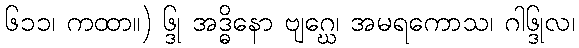
၆၁၁၊ ကထာ။) ၆္ဒု အဒ္ဓိနော ဗျဂ္ဃေ၊ အမရကောသ၊ ဂါ၆္ဒုလ၊